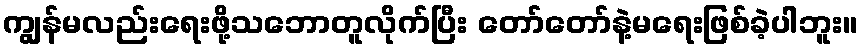
ကျွန်မလည်းရေးဖို့သဘောတူလိုက်ပြီး တော်တော်နဲ့မရေးဖြစ်ခဲ့ပါဘူး။